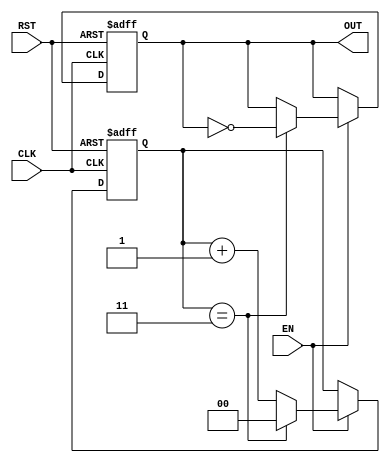
module FrequencyDividerCounter #(
    parameter N = 4  // Division factor, can be set as needed (default is 4)
)(
    input wire CLK,   // Clock input
    input wire RST,   // Asynchronous reset
    input wire EN,    // Enable signal
    output reg OUT    // Output signal
);

    reg [$clog2(N)-1:0] counter; // Counter to count clock cycles

    always @(posedge CLK or posedge RST) begin
        if (RST) begin
            counter <= 0; // Reset the counter
            OUT <= 0;     // Reset the output
        end else if (EN) begin
            if (counter == N-1) begin
                counter <= 0; // Reset the counter
                OUT <= ~OUT;   // Toggle the output signal
            end else begin
                counter <= counter + 1; // Increment the counter
            end
        end
    end

endmodule